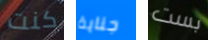
كنت جناية بست